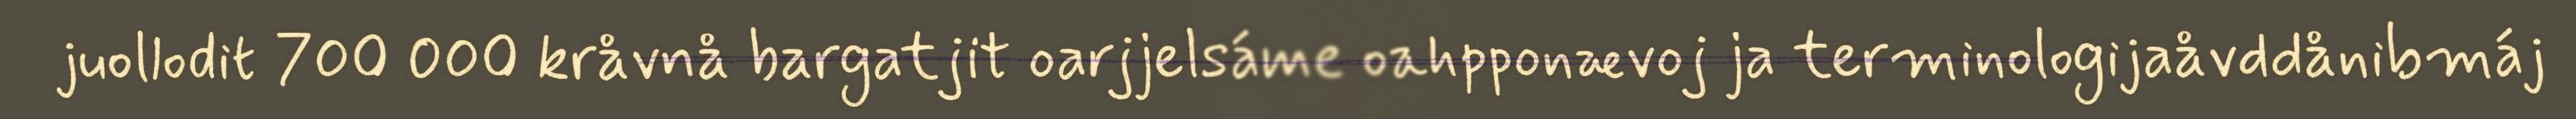
juollodit 700 000 kråvnå bargatjit oarjjelsáme oahpponævoj ja terminologijaåvddånibmáj